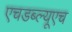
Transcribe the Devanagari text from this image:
एचडब्ल्यूएच